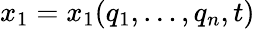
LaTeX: x_{1}=x_{1}(q_{1},\dots,q_{n},t)